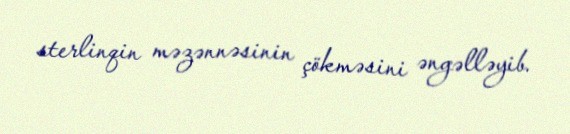
sterlinqin məzənnəsinin çökməsini əngəlləyib.